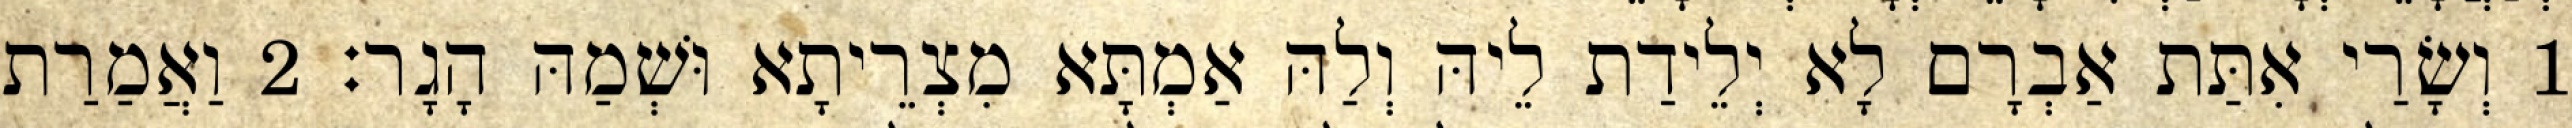
1 וְשָׂרַי אִתַּת אַבְרָם לָא יְלֵידַת לֵיהּ וְלַהּ אַמְתָּא מִצְרֵיתָא וּשְׁמַהּ הָגָר׃ 2 וַאֲמַרַת